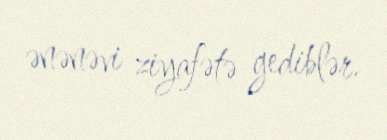
ənənəvi ziyafətə gediblər.